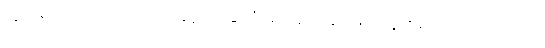
သူအရင်ကတည်းက ပြောခဲ့ဖူးတဲ့ နိုင်ငံရေးအရ အဖြေရှာသွားမယ်ဆိုတာကိုတော့